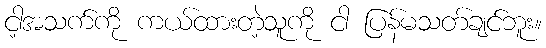
ငါ့အသက်ကို ကယ်ထားတဲ့သူကို ငါ ပြန်မသတ်ချင်ဘူး။